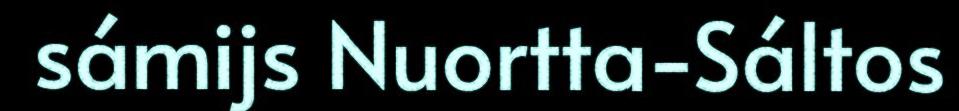
sámijs Nuortta-Sáltos